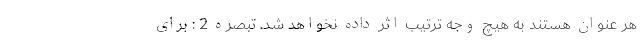
هر عنوان هستند به هیچ وجه ترتیب اثر داده نخواهد شد. تبصره 2 : برای